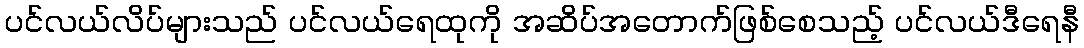
ပင်လယ်လိပ်များသည် ပင်လယ်ရေထုကို အဆိပ်အတောက်ဖြစ်စေသည့် ပင်လယ်ဒီရေနီ